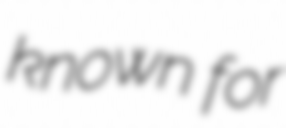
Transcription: known for